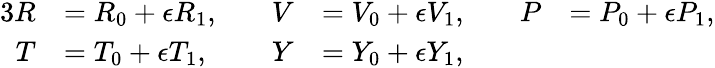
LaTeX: \begin{array}{rlrlrl}{{3}R}&{={R}_{0}+\epsilon{R}_{1},\quad}&{V}&{={V}_{0}+\epsilon{V}_{1},\quad}&{P}&{={P}_{0}+\epsilon{P}_{1},}\\ {T}&{={T}_{0}+\epsilon{T}_{1},}&{Y}&{={Y}_{0}+\epsilon{Y}_{1},}&&{}\end{array}